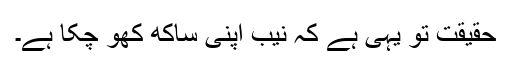
حقیقت تو یہی ہے کہ نیب اپنی ساکھ کھو چکا ہے۔